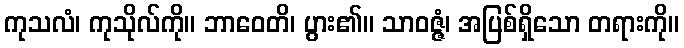
ကုသလံ၊ ကုသိုလ်ကို။ ဘာဝေတိ၊ ပွား၏။ သာဝဇ္ဇံ၊ အပြစ်ရှိသော တရားကို။